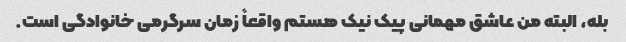
بله، البته من عاشق مهمانی پیک نیک هستم واقعاً زمان سرگرمی خانوادگی است.